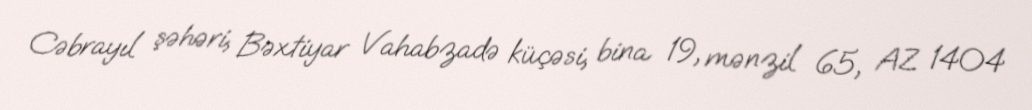
Cəbrayıl şəhəri, Bəxtiyar Vahabzadə küçəsi, bina 19, mənzil 65, AZ 1404